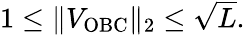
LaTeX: \begin{array}{r}{1\leq\| V_{\mathrm{OBC}}\| _{2}\leq\sqrt{L}.}\end{array}